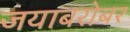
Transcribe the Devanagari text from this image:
जयाबरोबर